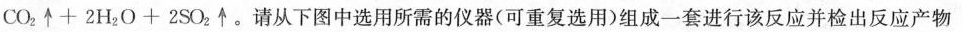
\mathrm{CO}_{2} \uparrow+2 \mathrm{H}_{2} \mathrm{O}+2 \mathrm{SO}_{2} \uparrow。请从下图中选用所需的仪器(可重复选用)组成一套进行该反应并检出反应产物